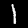
Label: 1